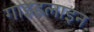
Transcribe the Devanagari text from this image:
गाइडलाइन